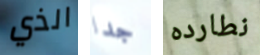
الذي جدا نطارده